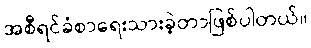
အစီရင်ခံစာရေးသားခဲ့တာဖြစ်ပါတယ်။